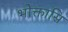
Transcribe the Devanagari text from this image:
भोक्तासि